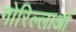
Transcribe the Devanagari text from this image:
गोरिल्लाओं